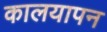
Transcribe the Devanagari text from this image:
कालयापन